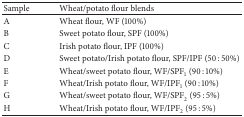
<table><thead><tr><td><b>Sample </b></td><td><b>Wheat/potato flour blends </b></td></tr></thead><tbody><tr><td>A </td><td>Wheat flour, WF (100%) </td></tr><tr><td>B </td><td>Sweet potato flour, SPF (100%) </td></tr><tr><td>C </td><td>Irish potato flour, IPF (100%) </td></tr><tr><td>D </td><td>Sweet potato/Irish potato flour, SPF/IPF (50 : 50%) </td></tr><tr><td>E </td><td>Wheat/sweet potato flour, WF/SPF<sub>1</sub> (90 : 10%) </td></tr><tr><td>F </td><td>Wheat/Irish potato flour, WF/IPF<sub>1</sub> (90 : 10%) </td></tr><tr><td>G </td><td>Wheat/sweet potato flour, WF/SPF<sub>2</sub> (95 : 5%) </td></tr><tr><td>H </td><td>Wheat/Irish potato flour, WF/IPF<sub>2</sub> (95 : 5%) </td></tr></tbody></table>